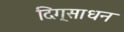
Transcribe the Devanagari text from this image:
दिग्‌साधन